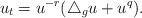
\begin{align*} u_t=u^{-r}(\triangle_g u+u^q). \end{align*}